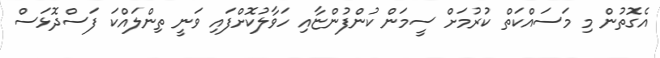
އެގޮތުން މި މަސައްކަތް ކުރުމަށް ސީމަން ކުންފުންޏާއި ހަވާލުކޮށްފައި ވަނީ ތިންލައްކަ ފަސްދޮޅަސް